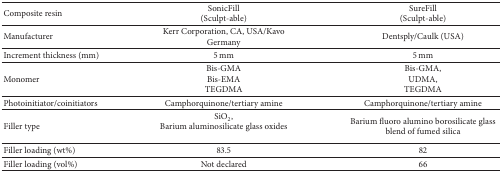
<table><thead><tr><td><b>Composite resin </b></td><td><b>SonicFill(Sculpt-able)</b></td><td><b>SureFill(Sculpt-able)</b></td></tr></thead><tbody><tr><td>Manufacturer</td><td>Kerr Corporation, CA, USA/Kavo Germany</td><td>Dentsply/Caulk (USA)</td></tr><tr><td>Increment thickness (mm)</td><td>5 mm</td><td>5 mm</td></tr><tr><td>Monomer</td><td>Bis-GMABis-EMATEGDMA</td><td>Bis-GMA,UDMA,TEGDMA</td></tr><tr><td>Photoinitiator/coinitiators</td><td>Camphorquinone/tertiary amine</td><td>Camphorquinone/tertiary amine</td></tr><tr><td>Filler type</td><td>SiO<sub>2</sub>,Barium aluminosilicate glass oxides</td><td>Barium fluoro alumino borosilicate glass blend of fumed silica</td></tr><tr><td>Filler loading (wt%)</td><td>83.5</td><td>82</td></tr><tr><td>Filler loading (vol%)</td><td>Not declared</td><td>66</td></tr></tbody></table>